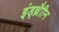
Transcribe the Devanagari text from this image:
इंड्थ्रैाीन